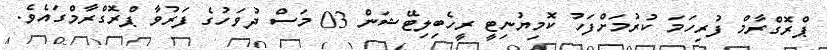
ޕްރޮގްރާމް ފުރިހަމަ ކުރުމަށްފަހު ކޮމިޔުނިޓީ ރީހެބިލިޓޭޝަން 03 މަސް ދުވަހުގެ ފަރުވާ ޕްރޮގްރާމްގައެވެ.